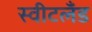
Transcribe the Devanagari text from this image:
स्वीटलँड